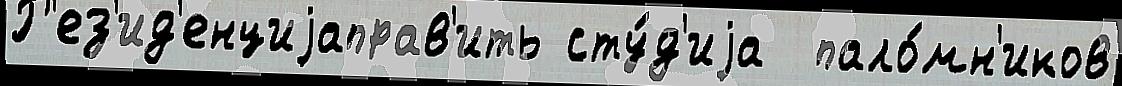
Р'ез'ид'енциjаправ'ить сту́д'иjа  пало́мн'иков